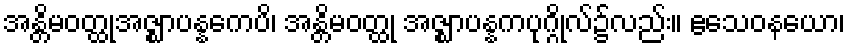
အန္တိမဝတ္ထုအဇ္ဈာပန္နကေပိ၊ အန္တိမဝတ္ထု အဇ္ဈာပန္နကပုဂ္ဂိုလ်၌လည်း။ ဧသေဝနယော၊